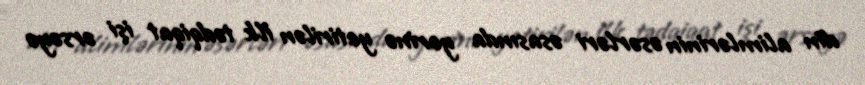
din alimlərinin əsərləri əsasında yerinə yetirilən ilk tədqiqat işi ərsəyə